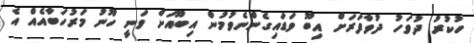
ހުކުރު ދުވަހު ދުވާފަރަށް އިބޫ ވަޑައިގެންނެވުމުން އިބޫއަށް ވަނީ ހޫނު މަރުހަބާއެއް އެ